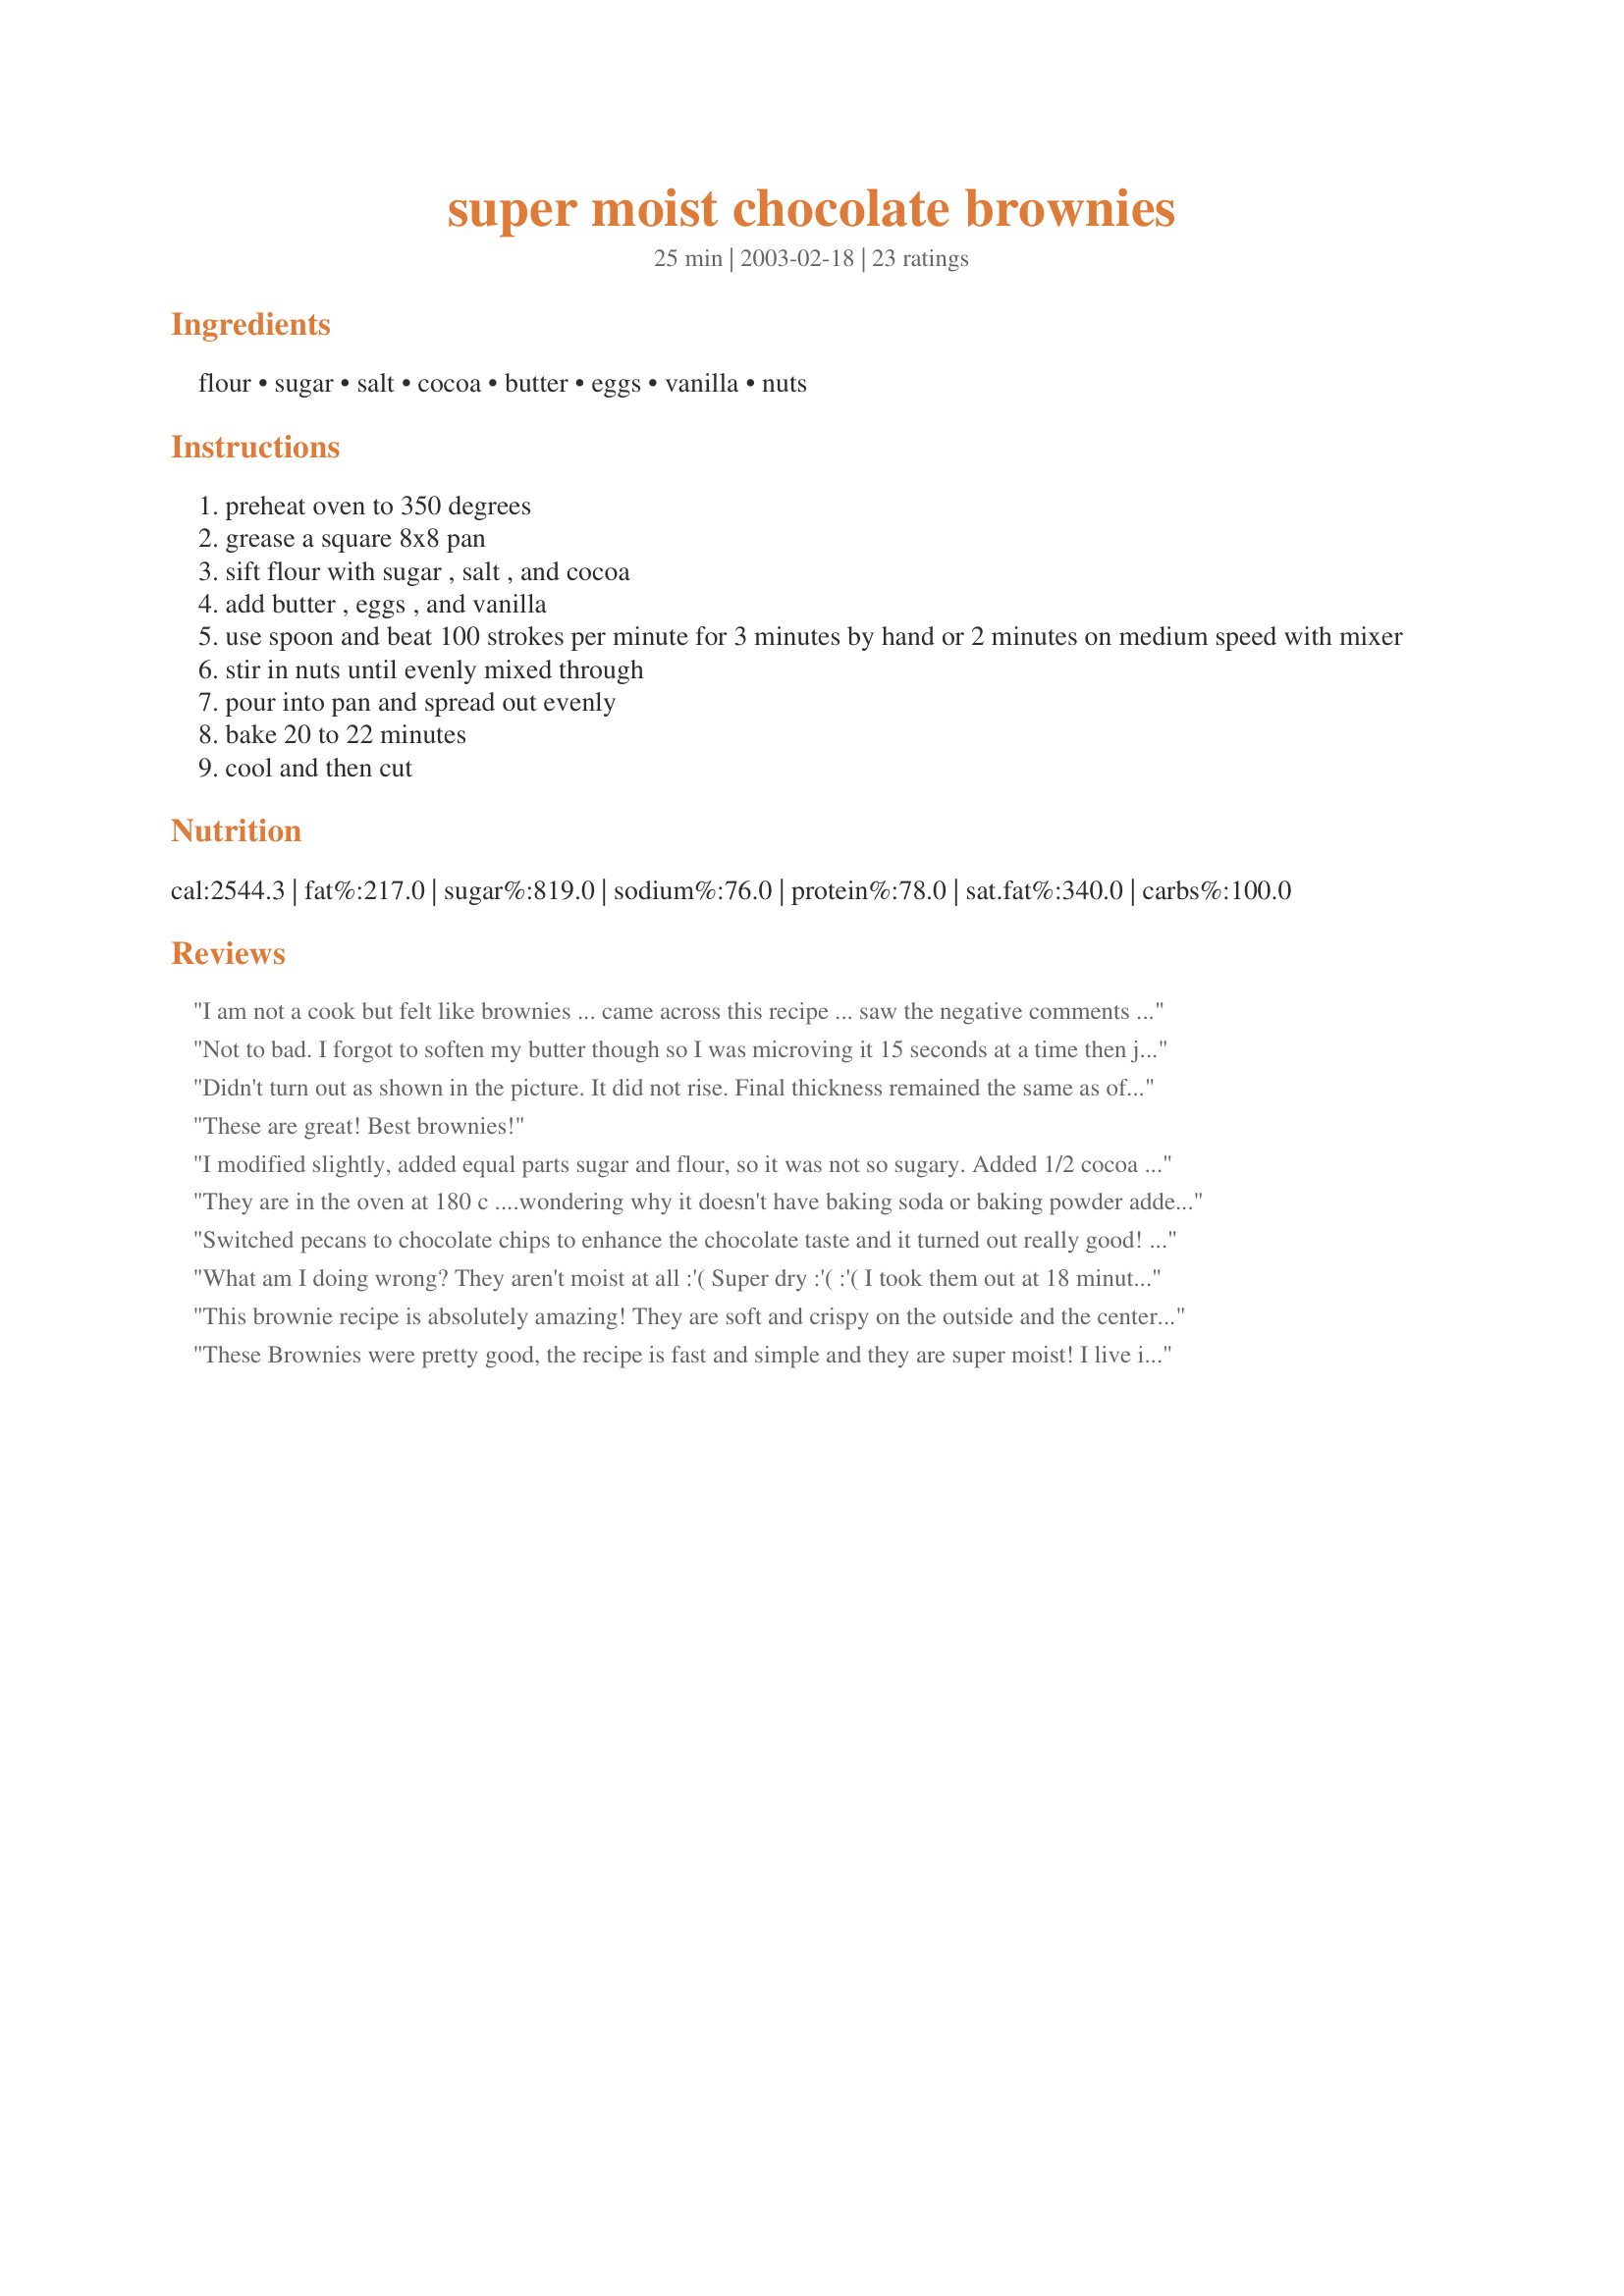
super moist chocolate brownies
Preparation time: 25 minutes

Ingredients:
flour, sugar, salt, cocoa, butter, eggs, vanilla, nuts

Steps:
preheat oven to 350 degrees
grease a square 8x8 pan
sift flour with sugar , salt , and cocoa
add butter , eggs , and vanilla
use spoon and beat 100 strokes per minute for 3 minutes by hand or 2 minutes on medium speed with mixer
stir in nuts until evenly mixed through
pour into pan and spread out evenly
bake 20 to 22 minutes
cool and then cut

Reviews:
I am not a cook but felt like brownies ... came across this recipe ... saw the negative comments ... tried it and it came out great .... but stick to the recipe and yes do add the pecans ... loved it! If it came out lousy you did something wrong .... try again
Not to bad. I forgot to soften my butter though so I was microving it 15 seconds at a time then just threw it in my stand mixer. I tripled the batch to get 2 9x13 pans instead of 8x8. I meant to add chocolate chips in but forgot. It was last minute Christmas Eve baking.
Didn't turn out as shown in the picture. It did not rise. Final thickness remained the same as of dough. I think either baking soda is missing in recipe or it's not plain flour but the Self-Raising flour but it's not mentioned
These are great! Best brownies!
I modified slightly, added equal parts sugar and flour, so it was not so sugary. Added 1/2 cocoa and baked 350 for 30 minutes. Added 3 heaping tablespoons of peanut butter to end mix with marble in batter. Cool for 30 min or more. Tastes great !
They are in the oven at 180 c ....wondering why it doesn't have baking soda or baking powder added will repost when cooked
Switched pecans to chocolate chips to enhance the chocolate taste and it turned out really good! This is simple and nice!
What am I doing wrong? They aren't moist at all :'( Super dry :'( :'( I took them out at 18 minutes, but cooking them longer shouldnt' make them more moist right? IDK what to do, I love super moist brownies and these aren't coming out right :'( Tears.
This brownie recipe is absolutely amazing! They are soft and crispy on the outside and the center pieces are perfectly fudgy if you undercook it by 5 minutes. I was wary about trying this recipe because of the other reviews but the recipe looked good so I went ahead anyway! I've been binge baking brownies for the last few months and I could never quite find a recipe with the perfect balance of cocoa to flour to sugar.. This recipe hits it right on the nail! It has a lot less calories than the recipes that use chocolate and sugar without the compromise of taste and texture. I made peanut butter fudge frosting (3 tablespoons of butter and 3 tablespoons of peanut butter melted and stirred until smooth and then between 2 and 3 cups of icing sugar beat in) and froze it in small chunks and threw in some frozen chunks ontop and it took the brownies to the next level. Between my brother and I, we gobbled them all up in one shot. I have cooked these brownies in a fan forced oven at 160&deg;C for 25-35 minutes. I have also cooked them in a regular oven at 180&deg;C for 25-30 minutes. If you don't like any fudginess then only take them out when a skewer comes out clean in the center.
These Brownies were pretty good, the recipe is fast and simple and they are super moist! I live in Colorado Springs, Colorado so I had to bake longer (37 minutes)
I added some dark chocolate chips, but other than that I kept it the same. At 20 minutes mine were still completely liquid, but after 50 minutes they were okay. Very rich with a cakey texture
How do you bake brownies without baking powder recile doesnt have that
Terrible. Turned our to be biscuits. Oven setting on this way to high and didn&#039;t taste great
These are great brownies!! So much better than those mixes you buy at the store. It was easy to make, with ingredients most people already have on hand. The brownies are VERY moist and have a nice chocolate flavor.
Superb brownies. I signed up on the site solely to leave this review about how good these are. We have now made them twice (just to make sure it wasn't a fluke, of course), and they are excellent. Moist, soft, and tasty. This is going in our family recipe book. Thanks!
The brownies turned out great muy agradable?? I added choc drops and choc chips melted though the mixture
These were awful. Followed exact recipe but in 22 minutes they were soupy. Cooked another 15 minutes and the texture is too cakey and there is hardly any chocolate flavor.
I was a bit leary with only 3/4 cup flour vs 1 cup sugar, so i increased the flour to 1 cup. The texture of the brownies was a bit off. They came out moist but still had a somewhat grainy and slighlty cardboard texture. I added chocolate chips, the flavor was good, the texture wasn't. Not my favorite recipe.
These are absolutely disgusting! So disappointed!!
For those who had your brownies get burned... I'm assuming you went ahead and tried to bake them at 350 Degrees Celsius? no that's way too high, I think they were talking about 350 Degrees Fahrenheit. so baking them at approximately 180 degrees Celsius makes more sense
So Good! if you add all the ingredients in right they come out perfect and gooey inside i added coffee to mine and they were just amazing!
Yeah idk what half of you made but came out more like cake
It is 180 celcius
